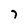
Character: 7